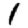
Digit: 1